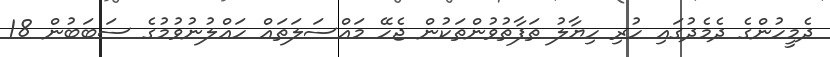
ދެމީހުންގެ ދެމެދުގައި ހުރި ހިޔާލު ތަފާތުވުންތަކުން ޖެހޭ މައްސަލަތައް ހައްލުނުވުމުގެ ސަބަބުން 18